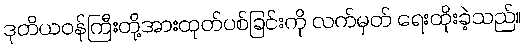
ဒုတိယဝန်ကြီးတို့အားထုတ်ပစ်ခြင်းကို လက်မှတ် ရေးထိုးခဲ့သည်။